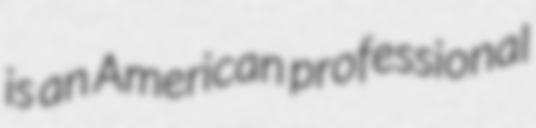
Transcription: is an American professional